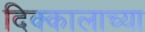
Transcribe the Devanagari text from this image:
दिक्कालाच्या